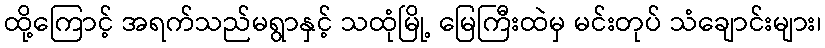
ထို့ကြောင့် အရက်သည်မရွာနှင့် သထုံမြို့ မြေကြီးထဲမှ မင်းတုပ် သံချောင်းများ၊